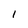
Character: 1